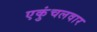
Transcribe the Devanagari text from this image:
एकुंचलवार